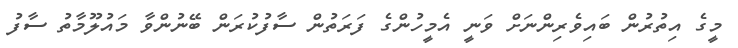
މީގެ އިތުރުން ބައިވެރިންނަށް ވަނީ އެމީހުންގެ ފަރަތުން ސާފުކުރަން ބޭނުންވާ މައުލޫމާތު ސާފު